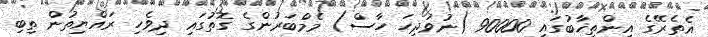
އެެތެރޭގެ އިންތިޚާބުގައި 90000 (ނުވަދިހަ ހާސް) މެމްބަރުންގެ ގޮތުގައި ދިވެހި ރައްޔިތުން ތިބި